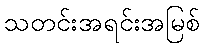
သတင်းအရင်းအမြစ်